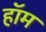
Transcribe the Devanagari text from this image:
हॉम